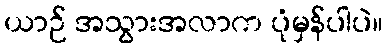
ယာဉ် အသွားအလာက ပုံမှန်ပါပဲ။